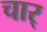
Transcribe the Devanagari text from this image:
चार्